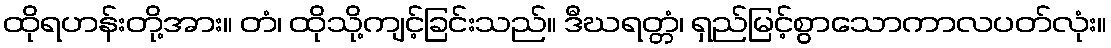
ထိုရဟန်းတို့အား။ တံ၊ ထိုသို့ကျင့်ခြင်းသည်။ ဒီဃရတ္တံ၊ ရှည်မြင့်စွာသောကာလပတ်လုံး။